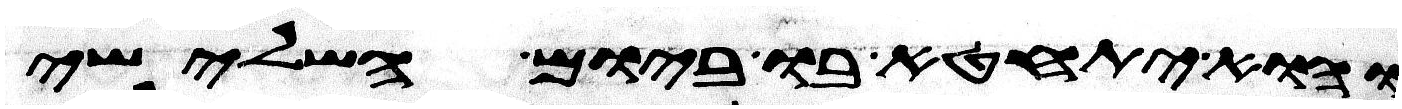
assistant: והוא יתחטא בו ביום השלישי